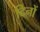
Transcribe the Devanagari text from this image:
दिनों